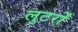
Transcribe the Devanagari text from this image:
लुटर्रों